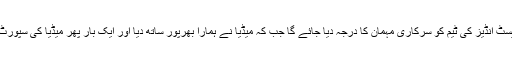
انہوں نے کہا کہ ویسٹ انڈیز کی ٹیم کو سرکاری مہمان کا درجہ دیا جائے گا جب کہ میڈیا نے ہمارا بھرپور ساتھ دیا اور ایک بار پھر میڈیا کی سپورٹ کی ضرورت ہے۔